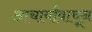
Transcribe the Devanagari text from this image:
आचार्यांवाचून